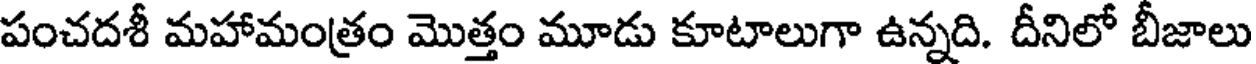
పంచదశీ మహామంత్రం మొత్తం మూడు కూటాలుగా ఉన్నది. దీనిలో బీజాలు